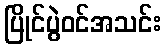
ပြိုင်ပွဲဝင်အသင်း